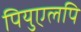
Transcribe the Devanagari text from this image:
पियुएलपि